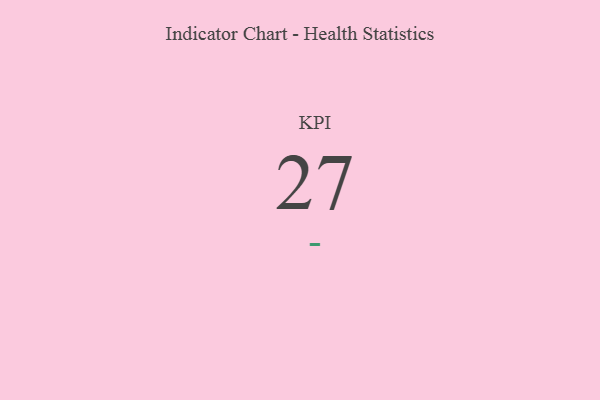
{"axis": {"x": "KPI", "y": "Value"}, "legend": [""], "data": [{"x": "KPI", "y": 27, "type": ""}]}